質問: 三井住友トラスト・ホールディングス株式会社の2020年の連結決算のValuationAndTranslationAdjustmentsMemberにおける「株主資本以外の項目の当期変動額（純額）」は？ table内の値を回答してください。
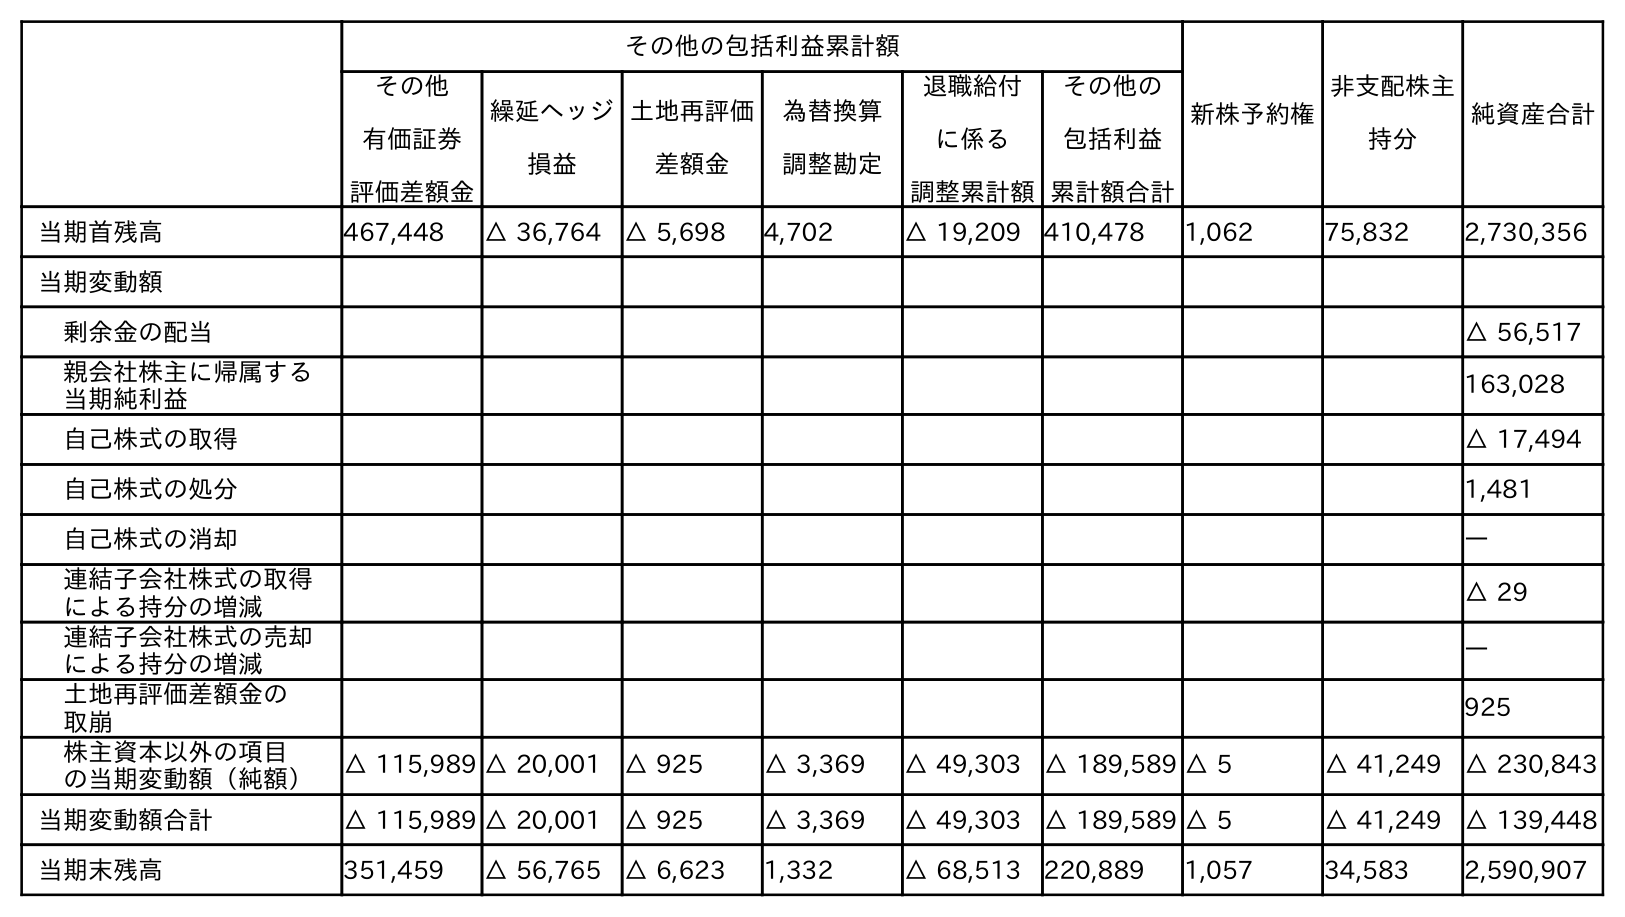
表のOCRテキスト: その他の包括利益累計額 新株予約権 非支配株主 持分 純資産合計 その他 有価証券 評価差額金 繰延ヘッジ 損益 土地再評価 差額金 為替換算 調整勘定 退職給付 に係る 調整累計額 その他の 包括利益 累計額合計 当期首残高 467,448 △ 36,764 △ 5,698 4,702 △ 19,209 410,478 1,062 75,832 2,730,356 当期変動額 剰余金の配当 △ 56,517 親会社株主に帰属する 当期純利益 163,028 自己株式の取得 △ 17,494 自己株式の処分 1,481 自己株式の消却 ― 連結子会社株式の取得 による持分の増減 △ 29 連結子会社株式の売却 による持分の増減 ― 土地再評価差額金の 取崩 925 株主資本以外の項目 の当期変動額（純額） △ 115,989 △ 20,001 △ 925 △ 3,369 △ 49,303 △ 189,589 △ 5 △ 41,249 △ 230,843 当期変動額合計 △ 115,989 △ 20,001 △ 925 △ 3,369 △ 49,303 △ 189,589 △ 5 △ 41,249 △ 139,448 当期末残高 351,459 △ 56,765 △ 6,623 1,332 △ 68,513 220,889 1,057 34,583 2,590,907
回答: △189,589